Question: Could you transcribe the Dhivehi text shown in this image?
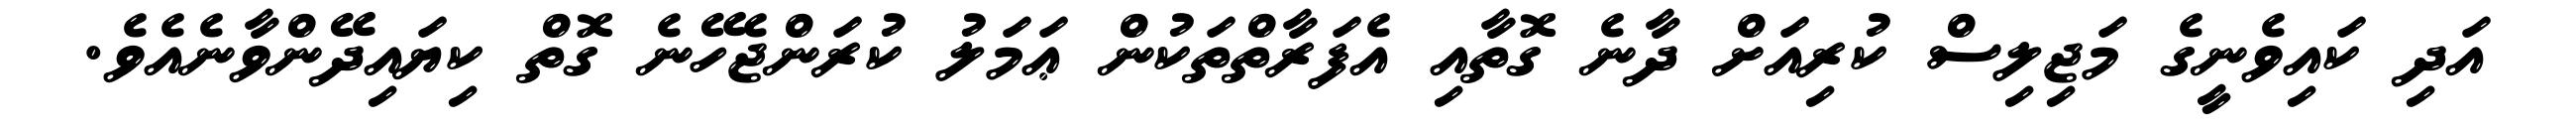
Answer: އަދި ކައިވެނީގެ މަޖިލިސް ކުރިއަށް ދާނެ ގޮތާއި އެފަރާތްތަކުން ޢަމަލު ކުރަންޖެހޭނެ ގޮތް ކިޔައިދޭންވާނެއެވެ.